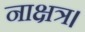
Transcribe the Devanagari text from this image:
नाक्षत्र।